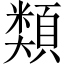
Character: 𩔖